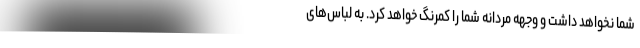
شما نخواهد داشت و وجهه مردانه شما را کمرنگ خواهد کرد. به لباس‌های